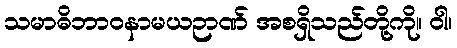
သမာဓိဘာဝနာမယဉာဏ် အစရှိသည်တို့ကို။ ဝါ၊